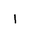
Letter: _alif